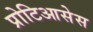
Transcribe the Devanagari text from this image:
प्रोटिआसेस